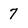
Character: 7